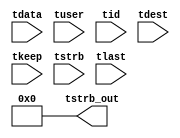

//*****************************************************************************
// (c) Copyright 2013 Xilinx, Inc. All rights reserved.
//
// This file contains confidential and proprietary information
// of Xilinx, Inc. and is protected under U.S. and
// international copyright and other intellectual property
// laws.
//
// DISCLAIMER
// This disclaimer is not a license and does not grant any
// rights to the materials distributed herewith. Except as
// otherwise provided in a valid license issued to you by
// Xilinx, and to the maximum extent permitted by applicable
// law: (1) THESE MATERIALS ARE MADE AVAILABLE "AS IS" AND
// WITH ALL FAULTS, AND XILINX HEREBY DISCLAIMS ALL WARRANTIES
// AND CONDITIONS, EXPRESS, IMPLIED, OR STATUTORY, INCLUDING
// BUT NOT LIMITED TO WARRANTIES OF MERCHANTABILITY, NON-
// INFRINGEMENT, OR FITNESS FOR ANY PARTICULAR PURPOSE; and
// (2) Xilinx shall not be liable (whether in contract or tort,
// including negligence, or under any other theory of
// liability) for any loss or damage of any kind or nature
// related to, arising under or in connection with these
// materials, including for any direct, or any indirect,
// special, incidental, or consequential loss or damage
// (including loss of data, profits, goodwill, or any type of
// loss or damage suffered as a result of any action brought
// by a third party) even if such damage or loss was
// reasonably foreseeable or Xilinx had been advised of the
// possibility of the same.
//
// CRITICAL APPLICATIONS
// Xilinx products are not designed or intended to be fail-
// safe, or for use in any application requiring fail-safe
// performance, such as life-support or safety devices or
// systems, Class III medical devices, nuclear facilities,
// applications related to the deployment of airbags, or any
// other applications that could lead to death, personal
// injury, or severe property or environmental damage
// (individually and collectively, "Critical
// Applications"). Customer assumes the sole risk and
// liability of any use of Xilinx products in Critical
// Applications, subject only to applicable laws and
// regulations governing limitations on product liability.

`timescale 1ps/1ps

module tstrb_mov_obj_det_axis_subset_converter_0_1 #
(
parameter C_S_AXIS_TDATA_WIDTH = 32,
parameter C_S_AXIS_TUSER_WIDTH = 0,
parameter C_S_AXIS_TID_WIDTH   = 0,
parameter C_S_AXIS_TDEST_WIDTH = 0,
parameter C_M_AXIS_TDATA_WIDTH = 32
)
(
input  [(C_S_AXIS_TDATA_WIDTH == 0 ? 1 : C_S_AXIS_TDATA_WIDTH)-1:0     ] tdata,
input  [(C_S_AXIS_TUSER_WIDTH == 0 ? 1 : C_S_AXIS_TUSER_WIDTH)-1:0     ] tuser,
input  [(C_S_AXIS_TID_WIDTH   == 0 ? 1 : C_S_AXIS_TID_WIDTH)-1:0       ] tid,
input  [(C_S_AXIS_TDEST_WIDTH == 0 ? 1 : C_S_AXIS_TDEST_WIDTH)-1:0     ] tdest,
input  [(C_S_AXIS_TDATA_WIDTH/8)-1:0 ] tkeep,
input  [(C_S_AXIS_TDATA_WIDTH/8)-1:0 ] tstrb,
input                                                                    tlast,
output [(C_M_AXIS_TDATA_WIDTH/8)-1:0 ] tstrb_out
);

assign tstrb_out = {1'b0};

endmodule